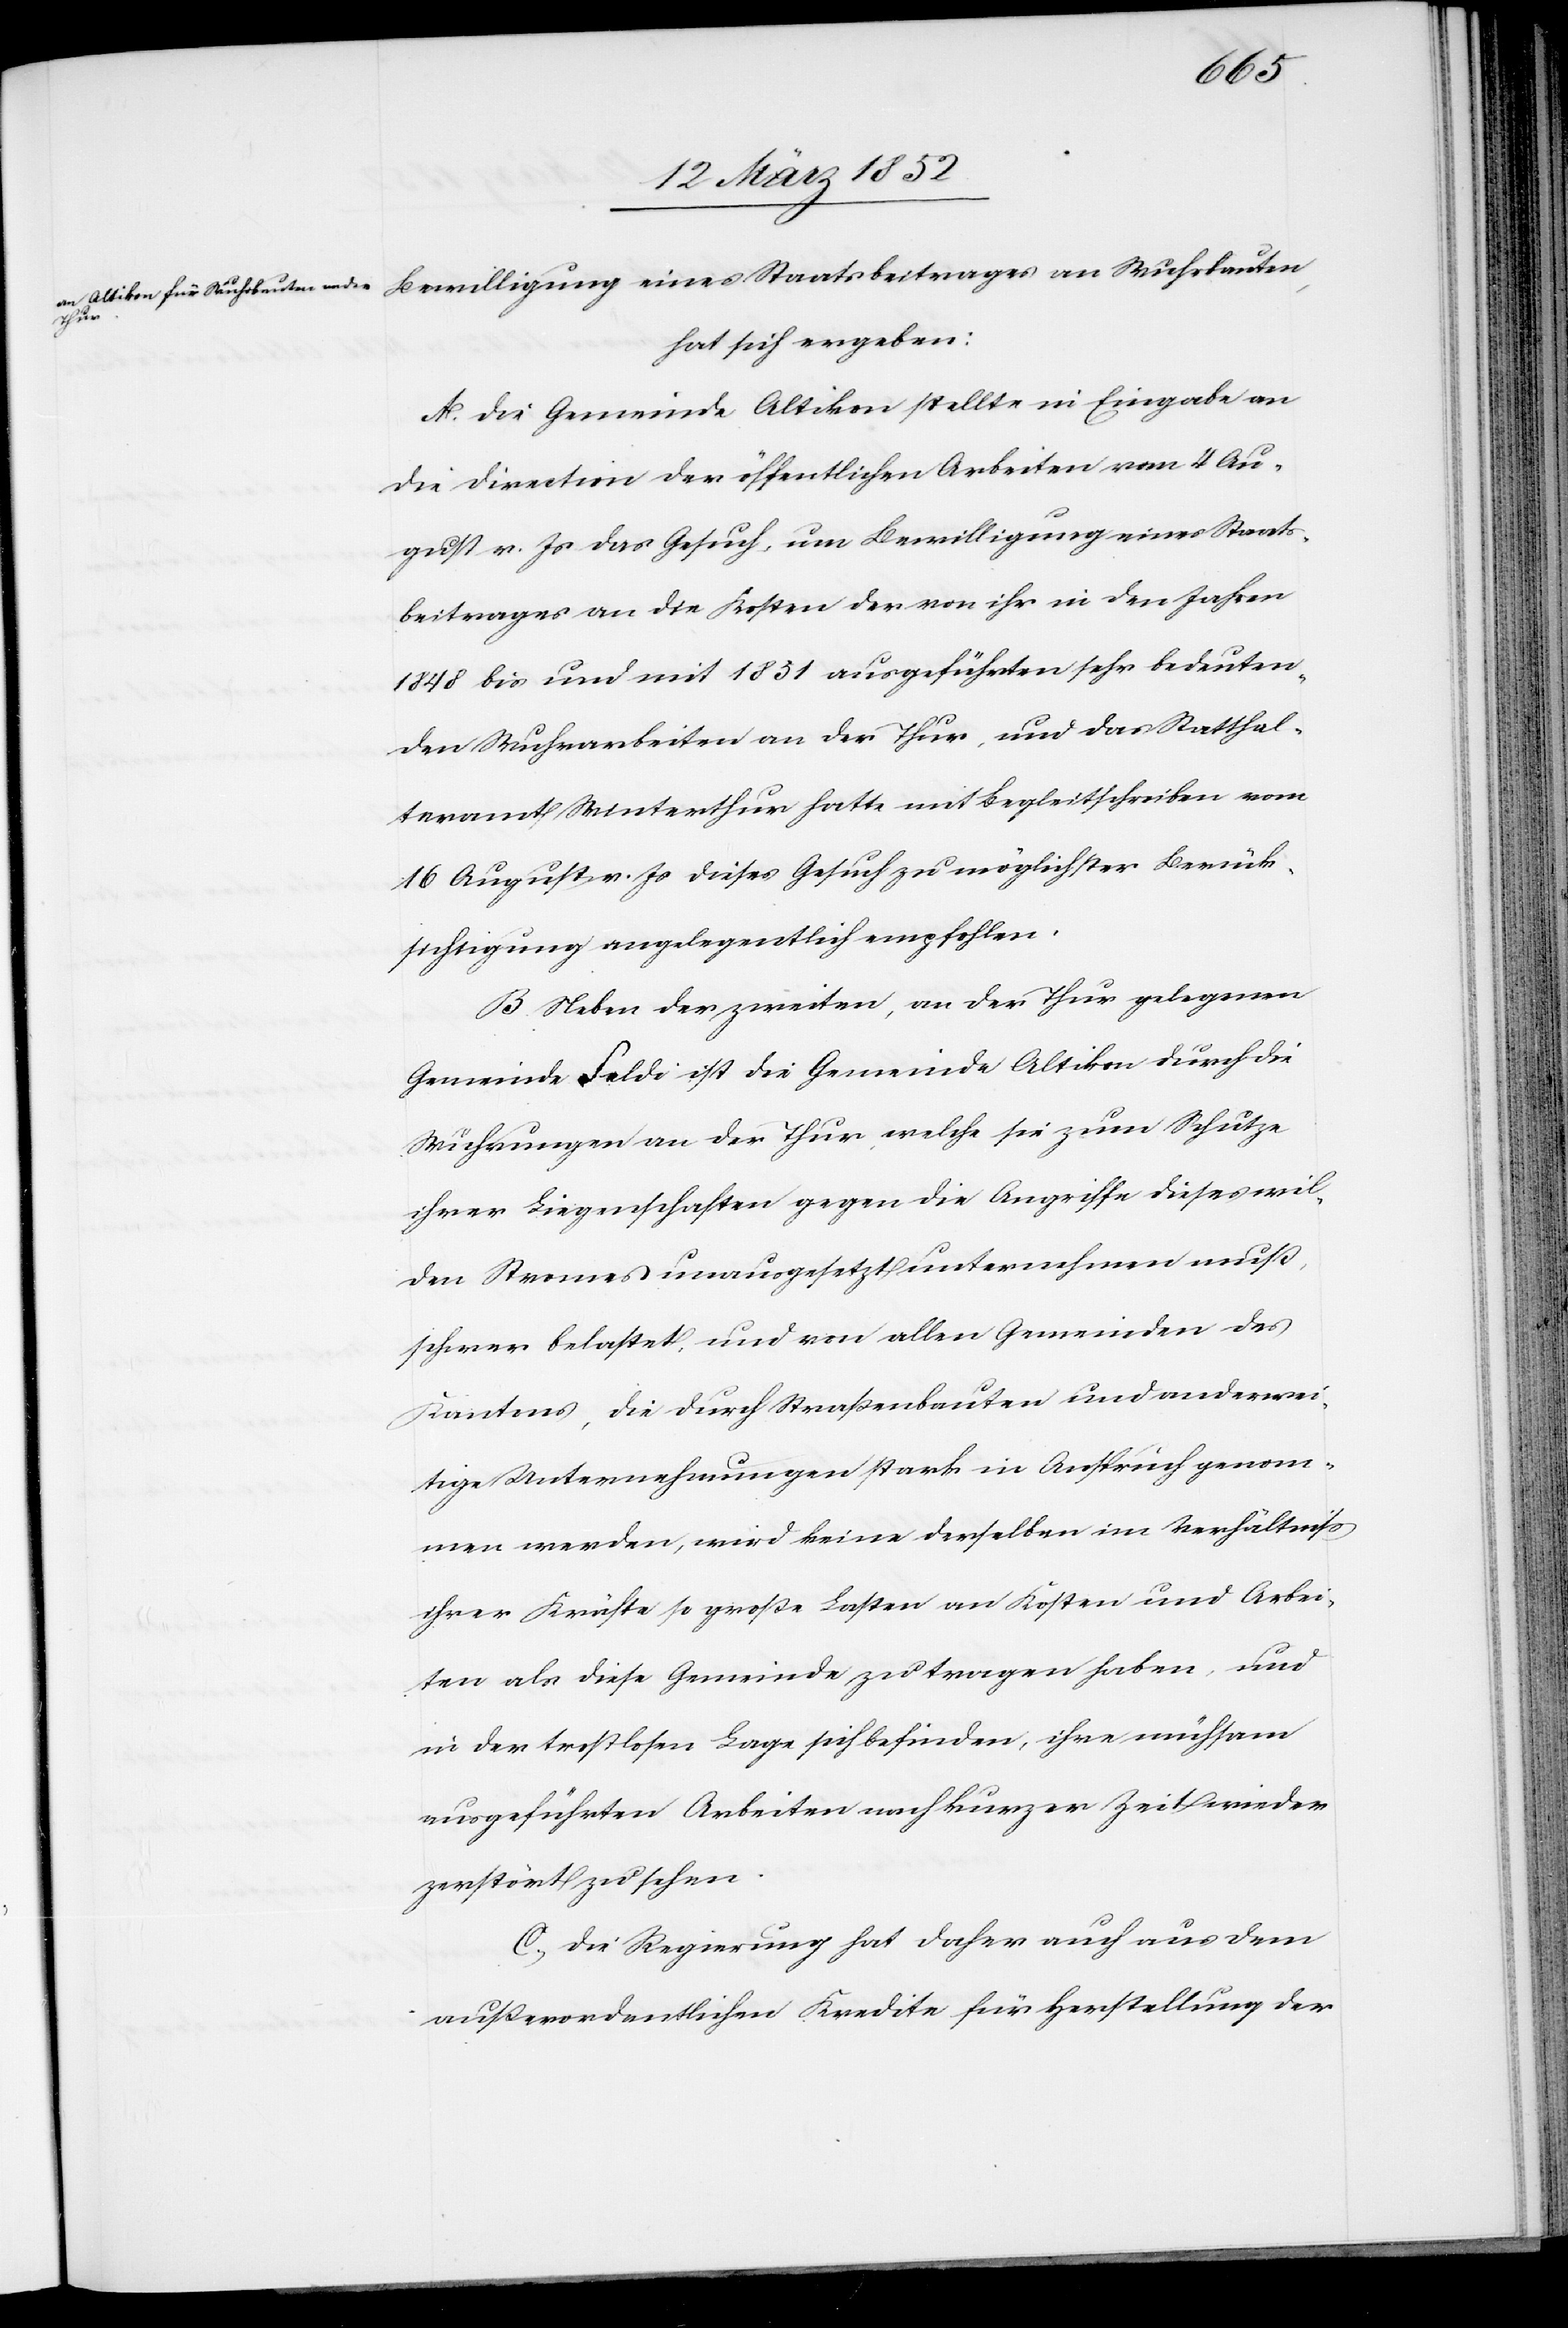
auten,
hat sich ergeben:
A. Die Gemeinde Altikon stellte in Eingabe an
die Direction der öffentlichen Arbeiten vom 4 Au¬
gust v. Js das Gesuch, um Bewilligung eines Staats¬
beitrages an die Kosten der von ihr in den Jahren
1848 bis und mit 1851 ausgeführten sehr bedeuten¬
den Wuhrarbeiten an der Thur, und das Statthal¬
teramt Winterthur hatte mit Begleitschreiben vom
16 August v. Js dieses Gesuch zu möglichster Berück¬
sichtigung angelegentlich empfohlen.
B. Neben der zweiten, an der Thur gelegenen
Gemeinde Feldi ist die Gemeinde Altikon durch die
Wuhrungen an der Thur, welche sie zum Schutze
ihrer Liegenschaften gegen die Angriffe dieses wil¬
den Sturmes unausgesetzt unternehmen muß,
schwer belastet, und von allen Gemeinden des
Kantons, die durch Straßenbauten und anderwei¬
tige Unternehmungen stark in Anspruch genom¬
men werden, wird keine derselben im Verhältniß
ihrer Kräfte so große Lasten an Kosten und Arbei¬
ten als diese Gemeinde zu tragen haben, und
in der trostlosen Lage sich befinden, ihre mühsam
ausgeführten Arbeiten nach kurzer Zeit wieder
zerstört zu sehen.
C.) Die Regierung hat daher auch aus dem
außerordentlichen Kredite für Herstellung der